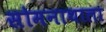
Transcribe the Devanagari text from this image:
सोमनाथाला